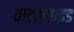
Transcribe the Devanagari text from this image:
वाटरसाइड